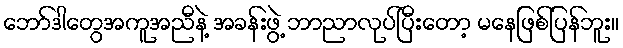
ဘော်ဒါတွေအကူအညီနဲ့ အခန်းဖွဲ့ ဘာညာလုပ်ပြီးတော့ မနေဖြစ်ပြန်ဘူး။